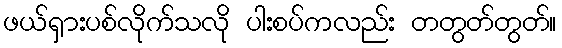
ဖယ်ရှားပစ်လိုက်သလို ပါးစပ်ကလည်း တတွတ်တွတ်။